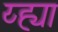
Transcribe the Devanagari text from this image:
य्ह्या